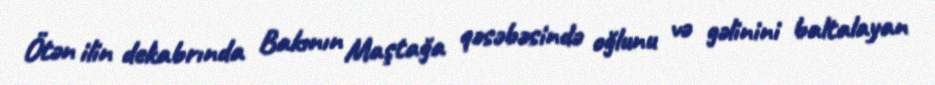
Ötən ilin dekabrında Bakının Maştağa qəsəbəsində oğlunu və gəlinini baltalayan